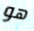
هو